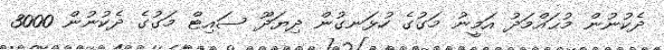
ދެކުނުން މުޙައްމަދު އަމީނު މަގުގެ ހުޅަނގުން ދިޔަދޫ ސައިޓް މަގުގެ ދެކުނުން 3000